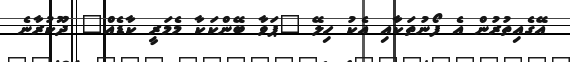
އޭގެއިތުރުން އެ ފޯނުތަކާއި އެކު ހިލޭ "ޕަވާ ބޭންކަކާ މެމަރީ ކާޑެއް" ދޫކުރާނެ